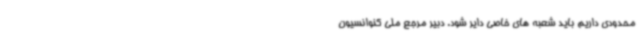
محدودی داریم باید شعبه های خاصی دایر شود. دبیر مرجع ملی کنوانسیون